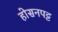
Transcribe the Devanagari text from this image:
होसनपट्ट